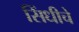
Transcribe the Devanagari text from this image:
सिंधीचे